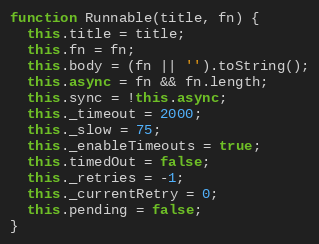
Language: JavaScript
function Runnable(title, fn) {
  this.title = title;
  this.fn = fn;
  this.body = (fn || '').toString();
  this.async = fn && fn.length;
  this.sync = !this.async;
  this._timeout = 2000;
  this._slow = 75;
  this._enableTimeouts = true;
  this.timedOut = false;
  this._retries = -1;
  this._currentRetry = 0;
  this.pending = false;
}